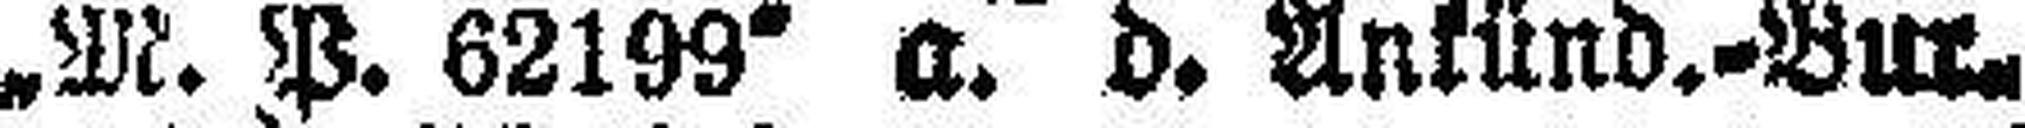
„M. P. 62199“ a. d. Ankünd.=Bur.